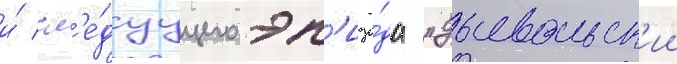
и́ сл'е́дуущего эп'изо́да "дьявольск'ии